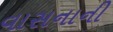
વાસનાની